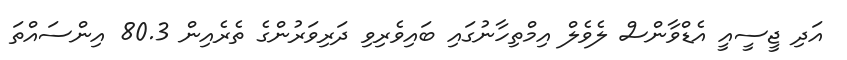
އަދި ޖީސީއީ އެޑްވާންސް ލެވެލް އިމްތިހާނުގައި ބައިވެރިވި ދަރިވަރުންގެ ތެރެއިން 80.3 އިންސައްތަ